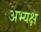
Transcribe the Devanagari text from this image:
अभ्यक्ष